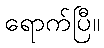
ရောက်ပြီ။